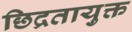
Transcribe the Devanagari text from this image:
छिद्रतायुक्त